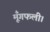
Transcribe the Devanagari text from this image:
मूँगफली।